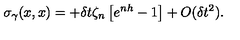
\sigma _ { \gamma } ( x , x ) = + \delta t \zeta _ { n } \left[ e ^ { n h } - 1 \right] + O ( \delta t ^ { 2 } ) .